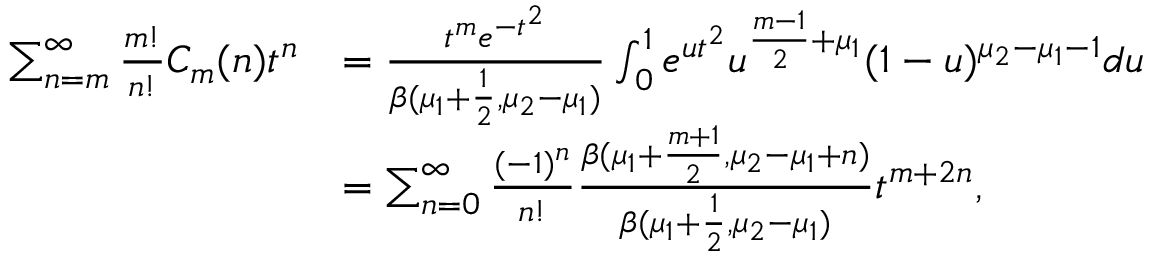
\begin{array} { r l } { \sum _ { n = m } ^ { \infty } \frac { m ! } { n ! } C _ { m } ( n ) t ^ { n } } & { = { \frac { t ^ { m } e ^ { - t ^ { 2 } } } { \beta ( \mu _ { 1 } + \frac { 1 } { 2 } , \mu _ { 2 } - \mu _ { 1 } ) } } \int _ { 0 } ^ { 1 } e ^ { u t ^ { 2 } } u ^ { \frac { m - 1 } { 2 } + \mu _ { 1 } } ( 1 - u ) ^ { \mu _ { 2 } - \mu _ { 1 } - 1 } d u } \\ & { = \sum _ { n = 0 } ^ { \infty } { \frac { ( - 1 ) ^ { n } } { n ! } } { \frac { \beta ( \mu _ { 1 } + \frac { m + 1 } { 2 } , \mu _ { 2 } - \mu _ { 1 } + n ) } { \beta ( \mu _ { 1 } + \frac { 1 } { 2 } , \mu _ { 2 } - \mu _ { 1 } ) } } t ^ { m + 2 n } , } \end{array}